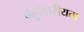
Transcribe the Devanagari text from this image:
बहुस्तरीयता